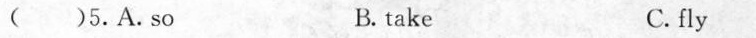
( )5.A.so B. take C. fly